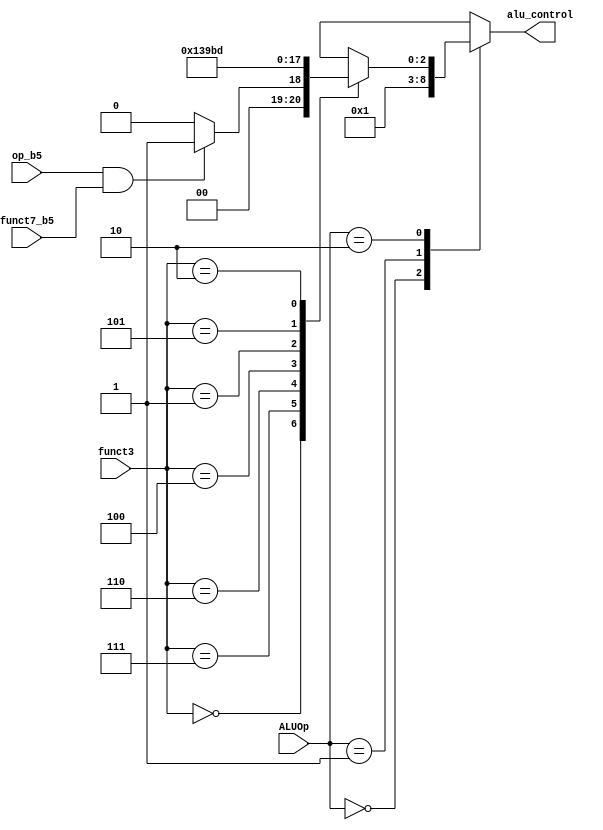
//alu decoder
module alu_decoder(input op_b5,
						input [2:0] funct3,
						input  funct7_b5, 
						input  [1:0] ALUOp,
						output reg [2:0] alu_control);

  always@(*)
    case(ALUOp)
	   //I-TYPE(LW), S-TYPE(SW), I_TYPE(JALR),J-TYPE(JAL)
      //OP= 3     , 35		   ,  103        , 111   
      2'b00:alu_control = 3'd0;   // addition
		
		//B-TYPE(BEQ, BNE)
		//OP = 99
      2'b01:alu_control = 3'd1;  // subtraction
		
		//R-TYPE(ALL), I-TYPE(ALU)
		//OP = 51(0110011) ,19(0010011) 
      2'b10: case(funct3)
		
                 3'b000:  if (op_b5 & funct7_b5) 
                            alu_control = 3'd1;    // R-TYPE (SUB)
                          else          
                            alu_control = 3'd0;    // add, addi
									 
					  3'b111:    alu_control = 3'd2;    // and, andi	
					  3'b110:    alu_control = 3'd3;    // or, ori
					  3'b100:    alu_control = 3'd4;    // xor, xori   
            3'b001:    alu_control = 3'd6;    // sll, slli
					  3'b101:    alu_control = 3'd7;    // srl, srli
					  3'b010:    alu_control = 3'd5;    // slt, slti
           default:    alu_control = 3'bxxx;  // ???
               endcase
		default:alu_control = 3'bxxx;  // ???			
    endcase
endmodule